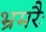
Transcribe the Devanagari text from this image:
भ्रमरैः